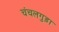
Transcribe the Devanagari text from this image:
चंचलगुड़ा